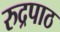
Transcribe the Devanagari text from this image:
रुद्रपाठ